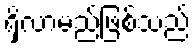
ရှိလာမည်ဖြစ်သည်